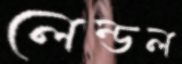
লেন্ডল